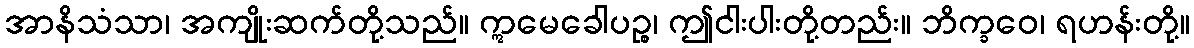
အာနိသံသာ၊ အကျိုးဆက်တို့သည်။ ဣမေခေါပဉ္စ၊ ဤငါးပါးတို့တည်း။ ဘိက္ခဝေ၊ ရဟန်းတို့။